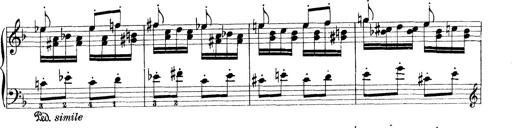
Title: Rapsodie: 19 ungheresi, 1 spagnuola
Composer: Franz Liszt